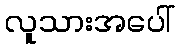
လူသားအပေါ်